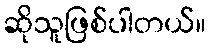
ဆိုသူဖြစ်ပါတယ်။